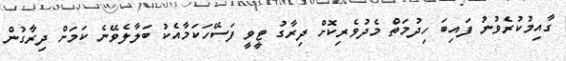
ގާއިމުކުރެވުނު ފައިބަ ހިދުމަތް މެދުވެރިކޮށް ދިރާގު ޓީވީ ފަސޭހަކަމާއެކު ބަލާލެވޭނެ ކަމަށް ދިރާގުން